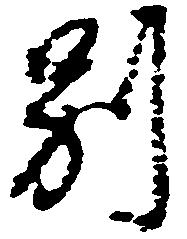
別